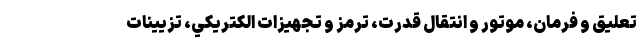
تعليق و فرمان، موتور و انتقال قدرت، ترمز و تجهيزات الكتريكي، تزيينات